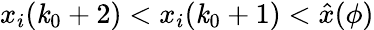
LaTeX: x_{i}(\mathit{k}_{0}+2)<x_{i}(\mathit{k}_{0}+1)<\hat{{x}}(\phi)